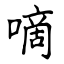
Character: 嘀